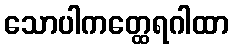
သောပါကတ္ထေရဂါထာ